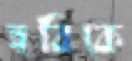
হবিকে